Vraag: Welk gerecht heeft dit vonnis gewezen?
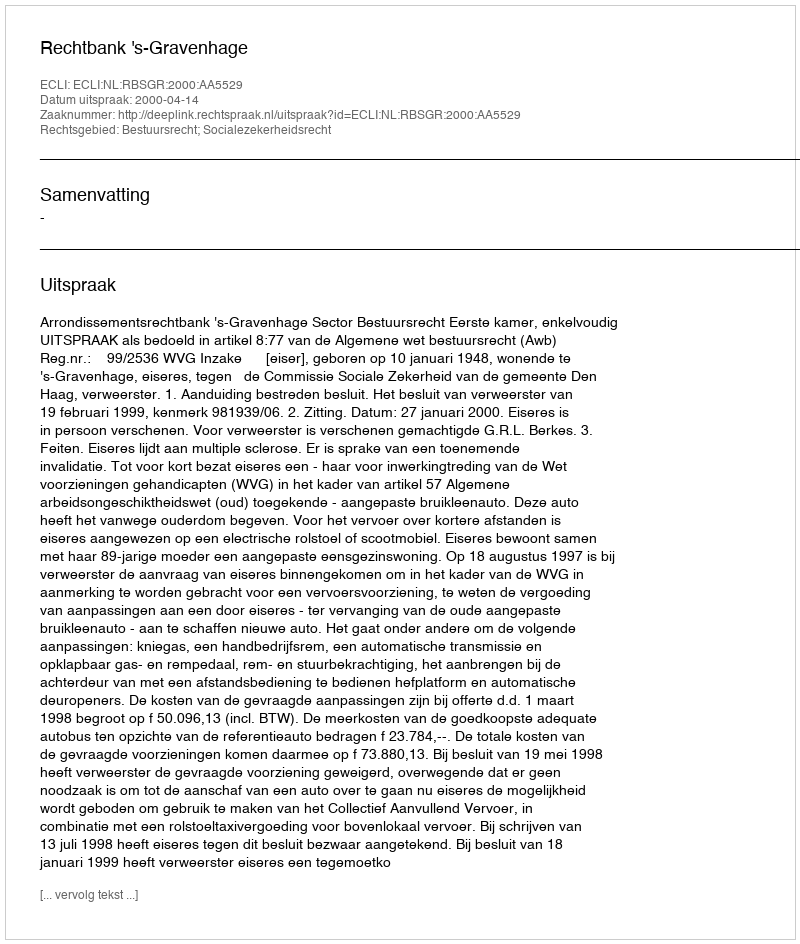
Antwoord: Rechtbank 's-Gravenhage